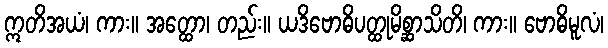
ဣတိအယံ၊ ကား။ အတ္ထော၊ တည်း။ ယဒိဗောဓိပတ္ထုမိစ္ဆာသိတိ၊ ကား။ ဗောဓိမူလံ၊